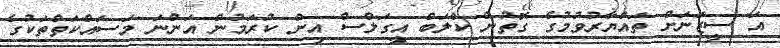
އަ ސީޒަނަށް ތައްޔާރުވުމުގެ ގޮތުން ކްލަބް އީގަލްސް އިން ކުރަމުން އަންނަ މަސައްކަތްތަކުގެ